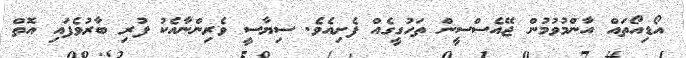
އޯޑިއޯތައް އާންމުވުމުން ޖޭއެސްސީން ތަހުގީގެއް ފެށިއެވެ. ސިޔާސީ ވެރިންނާއެކު ފުރި ބާރުވެފައި އޮތް